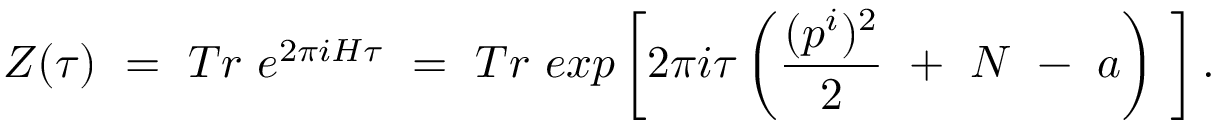
Z ( \tau ) ~ = ~ T r ~ e ^ { 2 \pi i H \tau } ~ = ~ T r ~ e x p \left[ 2 \pi i \tau \left( \frac { ( p ^ { i } ) ^ { 2 } } { 2 } ~ + ~ { \cal N } ~ - ~ a \right) ~ \right] .